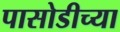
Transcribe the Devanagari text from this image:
पासोडीच्या